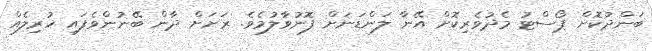
ބަންދުކޮށް ޕޯސްޓު މެދުވެރިކޮށް އޭނާ ލަންޑަނަށް ފޮނުވާލުމެވެ. ރަށަށް ދާން ބޭނުންވެފައި ހުރިލެއް